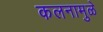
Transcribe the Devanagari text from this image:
कलनामुळे